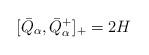
LaTeX: \begin{align*}[ \bar{Q}_{\alpha}, \bar{Q}_{\alpha}^{+} ]_{+} = 2H\end{align*}